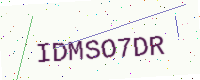
Text: IDMSO7DR